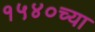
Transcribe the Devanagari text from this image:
१५४०च्या